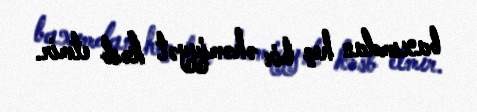
baxımdan heç bir əhəmiyyət kəsb etmir.